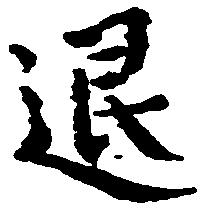
退